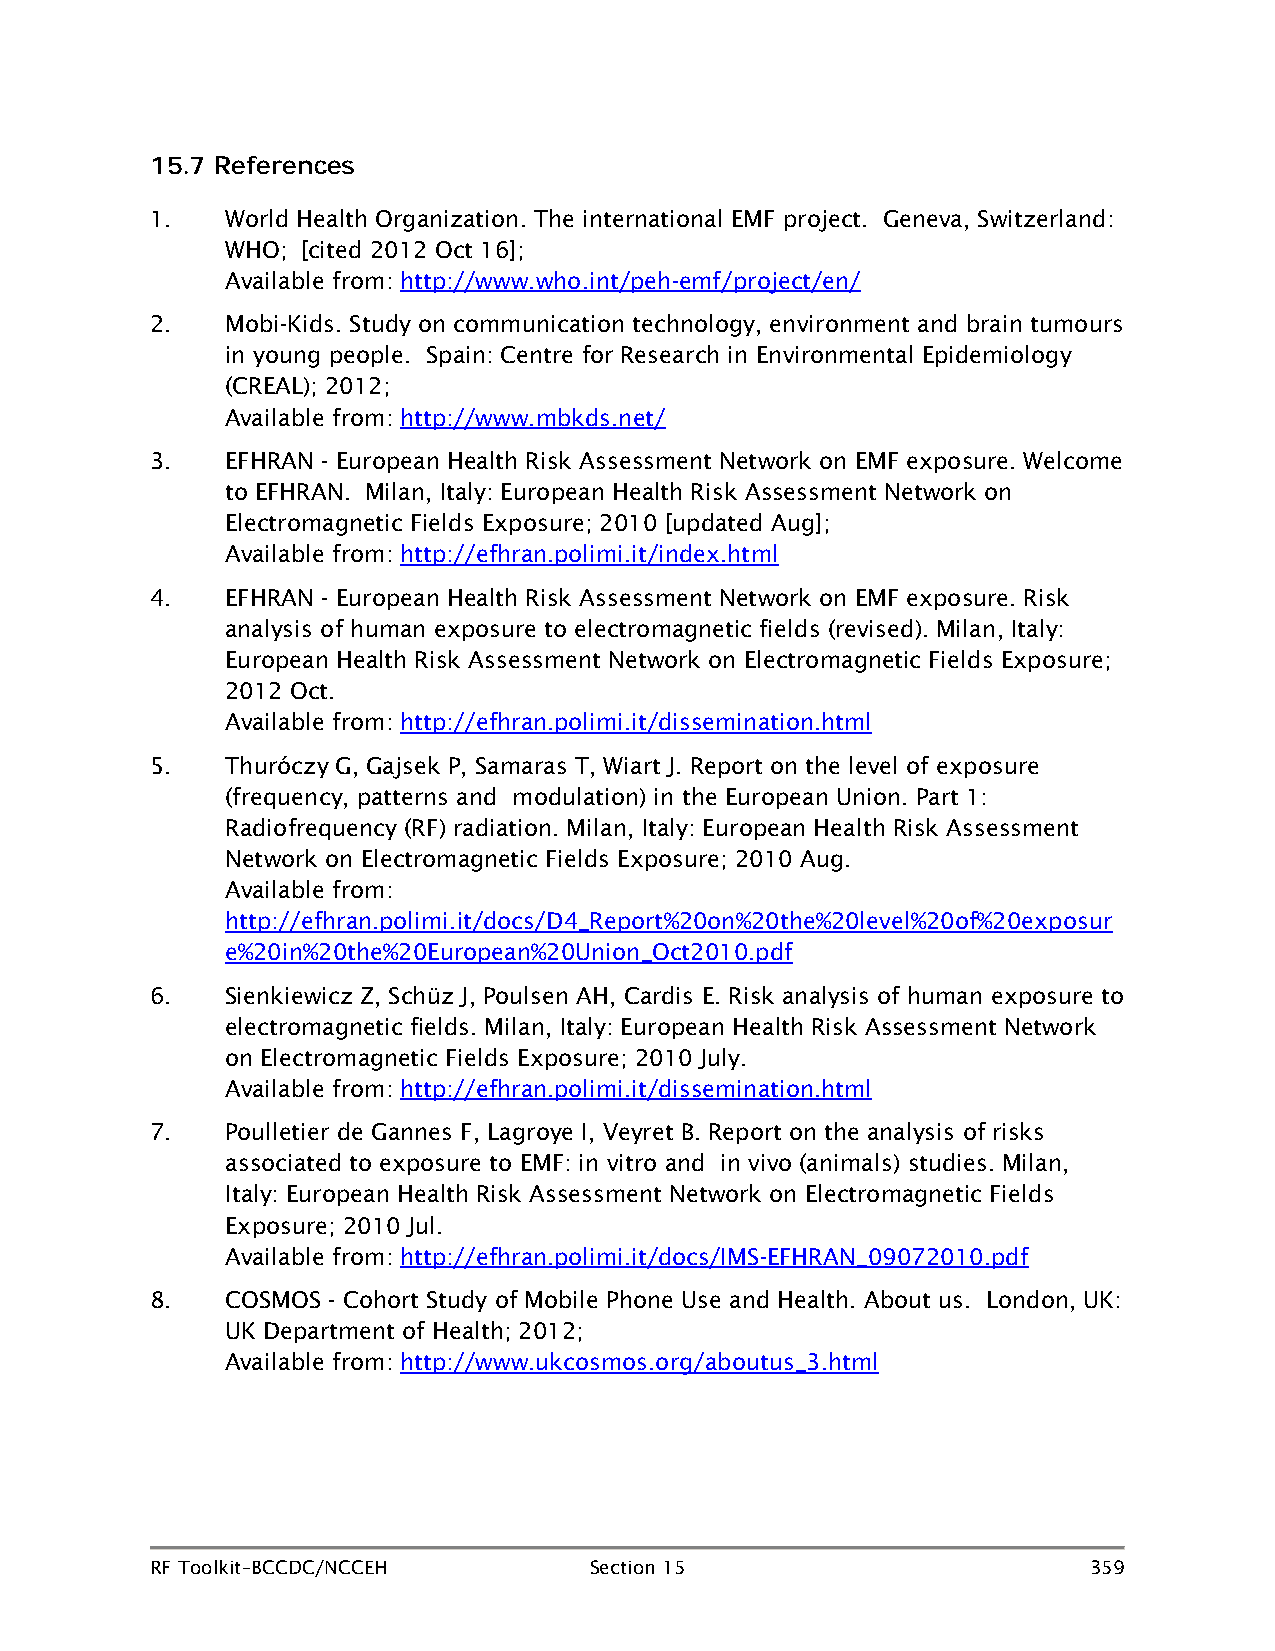
15.7 References
 1.   World Health Organization. The international EMF project. Geneva, Switzerland:
 WHO; [cited 2012 Oct 16];
 Available from: http://www.who.int/peh-emf/project/en/
 2.   Mobi-Kids. Study on communication technology, environment and brain tumours
 in young people. Spain: Centre for Research in Environmental Epidemiology
 (CREAL); 2012;
 Available from: http://www.mbkds.net/
 3.   EFHRAN - European Health Risk Assessment Network on EMF exposure. Welcome
 to EFHRAN. Milan, Italy: European Health Risk Assessment Network on
 Electromagnetic Fields Exposure; 2010 [updated Aug];
 Available from: http://efhran.polimi.it/index.html
 4.   EFHRAN - European Health Risk Assessment Network on EMF exposure. Risk
 analysis of human exposure to electromagnetic fields (revised). Milan, Italy:
 European Health Risk Assessment Network on Electromagnetic Fields Exposure;
 2012 Oct.
 Available from: http://efhran.polimi.it/dissemination.html
 5.   Thuróczy G, Gajsek P, Samaras T, Wiart J. Report on the level of exposure
 (frequency, patterns and modulation) in the European Union. Part 1:
 Radiofrequency (RF) radiation. Milan, Italy: European Health Risk Assessment
 Network on Electromagnetic Fields Exposure; 2010 Aug.
 Available from:
 http://efhran.polimi.it/docs/D4_Report%20on%20the%20level%20of%20exposur
 e%20in%20the%20European%20Union_Oct2010.pdf
 6.   Sienkiewicz Z, Schüz J, Poulsen AH, Cardis E. Risk analysis of human exposure to
 electromagnetic fields. Milan, Italy: European Health Risk Assessment Network
 on Electromagnetic Fields Exposure; 2010 July.
 Available from: http://efhran.polimi.it/dissemination.html
 7.   Poulletier de Gannes F, Lagroye I, Veyret B. Report on the analysis of risks
 associated to exposure to EMF: in vitro and in vivo (animals) studies. Milan,
 Italy: European Health Risk Assessment Network on Electromagnetic Fields
 Exposure; 2010 Jul.
 Available from: http://efhran.polimi.it/docs/IMS-EFHRAN_09072010.pdf
 8.   COSMOS - Cohort Study of Mobile Phone Use and Health. About us. London, UK:
 UK Department of Health; 2012;
 Available from: http://www.ukcosmos.org/aboutus_3.html
 RF Toolkit–BCCDC/NCCEH       Section 15                       359